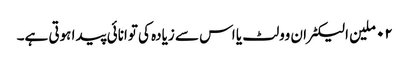
٠٢ ملین الیکٹران وولٹ یا اس سے زیادہ کی توانائی پیدا ہوتی ہے۔